Annual administration report of the Bombay Presidency - 1887-1892
Year: 1887
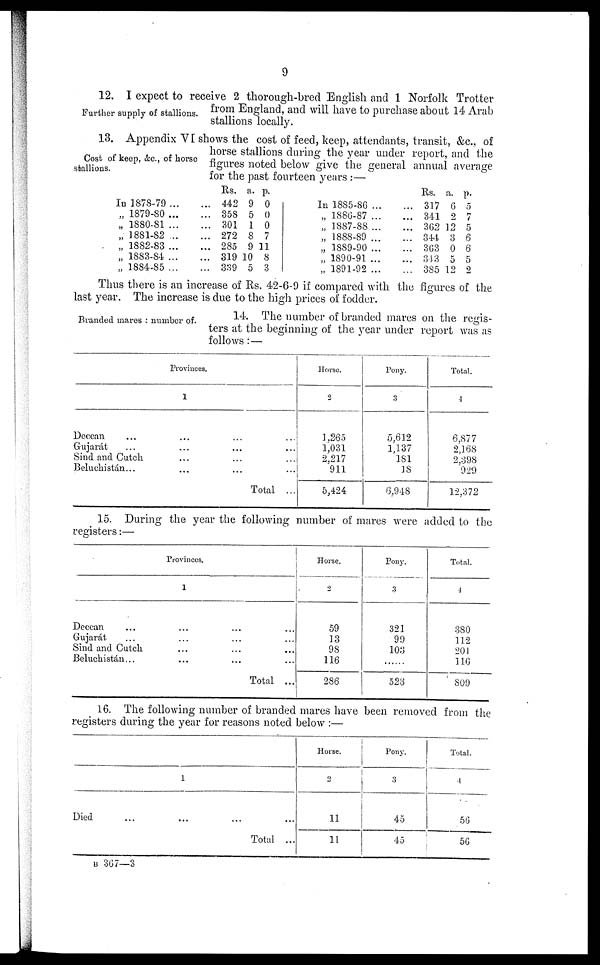
9
Further supply of stallions.
12. I expect to receive 2 thorough-bred English and 1 Norfolk Trotter
from England, and will have to purchase about 14 Arab
stallions locally.
Cost of keep, &c., of horse
stallions.
13. Appendix VI shows the cost of feed, keep, attendants, transit, &c., of
horse stallions during the year under report, and the
figures noted below give the general annual average
for the past fourteen years:—
In 1878-79 ... ...
„ 1879-80 ... ...
„ 1880-81 ... ...
„ 1881-82 ... ...
„ 1882-83 ... ...
„ 1883-84 ... ...
„ 1884-85 ... ...
Rs.
442
358
301
272
285
319
339
a.
9
5
1
8
9
10
5
p.
0
0
0
7
11
8
3
In 1885-86 ... ...
„ 1886-87 ... ...
„ 1887-88 ... ...
„ 1888-89 ... ...
„ 1889-90 ... ...
„ 1890-91 ... ...
„ 1891-92 ... ...
Rs.
317
311
362
344
363
313
385
a.
6
2
12
3
0
5
12
p.
5
7
5
6
6
5
2
Thus there is an increase of Rs. 42-6-9 if compared with the figures of the
last year. The increase is due to the high prices of fodder.
Branded mares: number of.
14. The number of branded mares on the regis-
ters at the beginning of the year under report was as
follows: —
Provinces.
1
Deccan ... ... ...
Gujarát ... ... ...
Sind and Cutch ... ...
Beluchistán ... ... ...
Total ...
Horse.
2
1,265
1,031
2,217
911
5,424
Pony.
3
5,612
1,137
181
18
6,948
Total.
4
6.877
2,168
2.398
929
12,372
15. During the year the following number of mares were added to the
registers:—
Provinces.
1
Decean ... ... ...
Gujarat ... ... ...
Sind and Cutch ... ...
Beluchistán ... ... ...
Total ...
Horse.
2
59
13
98
116
286
Pony.
3
321
99
103
......
523
Total.
4
380
112
201
116
809
16. The following number of branded mares have been removed from the
registers during the year for reasons noted below:—
1
Died ... ... ...
Total ...
Horse.
2
11
11
Pony.
3
45
45
Total.
4
56
56
B 367—3